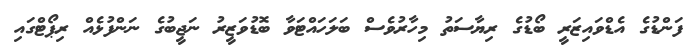
ފަންޑުގެ އެޑްވައިޒަރީ ބޯޑުގެ ރިޔާސަތު މިހާރުވެސް ބަލަހައްޓަވާ ބޮޑުވަޒީރު ނަޖީބުގެ ނަންފުޅެއް ރިޕޯޓްގައި